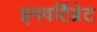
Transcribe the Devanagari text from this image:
इनवर्टिब्रेट